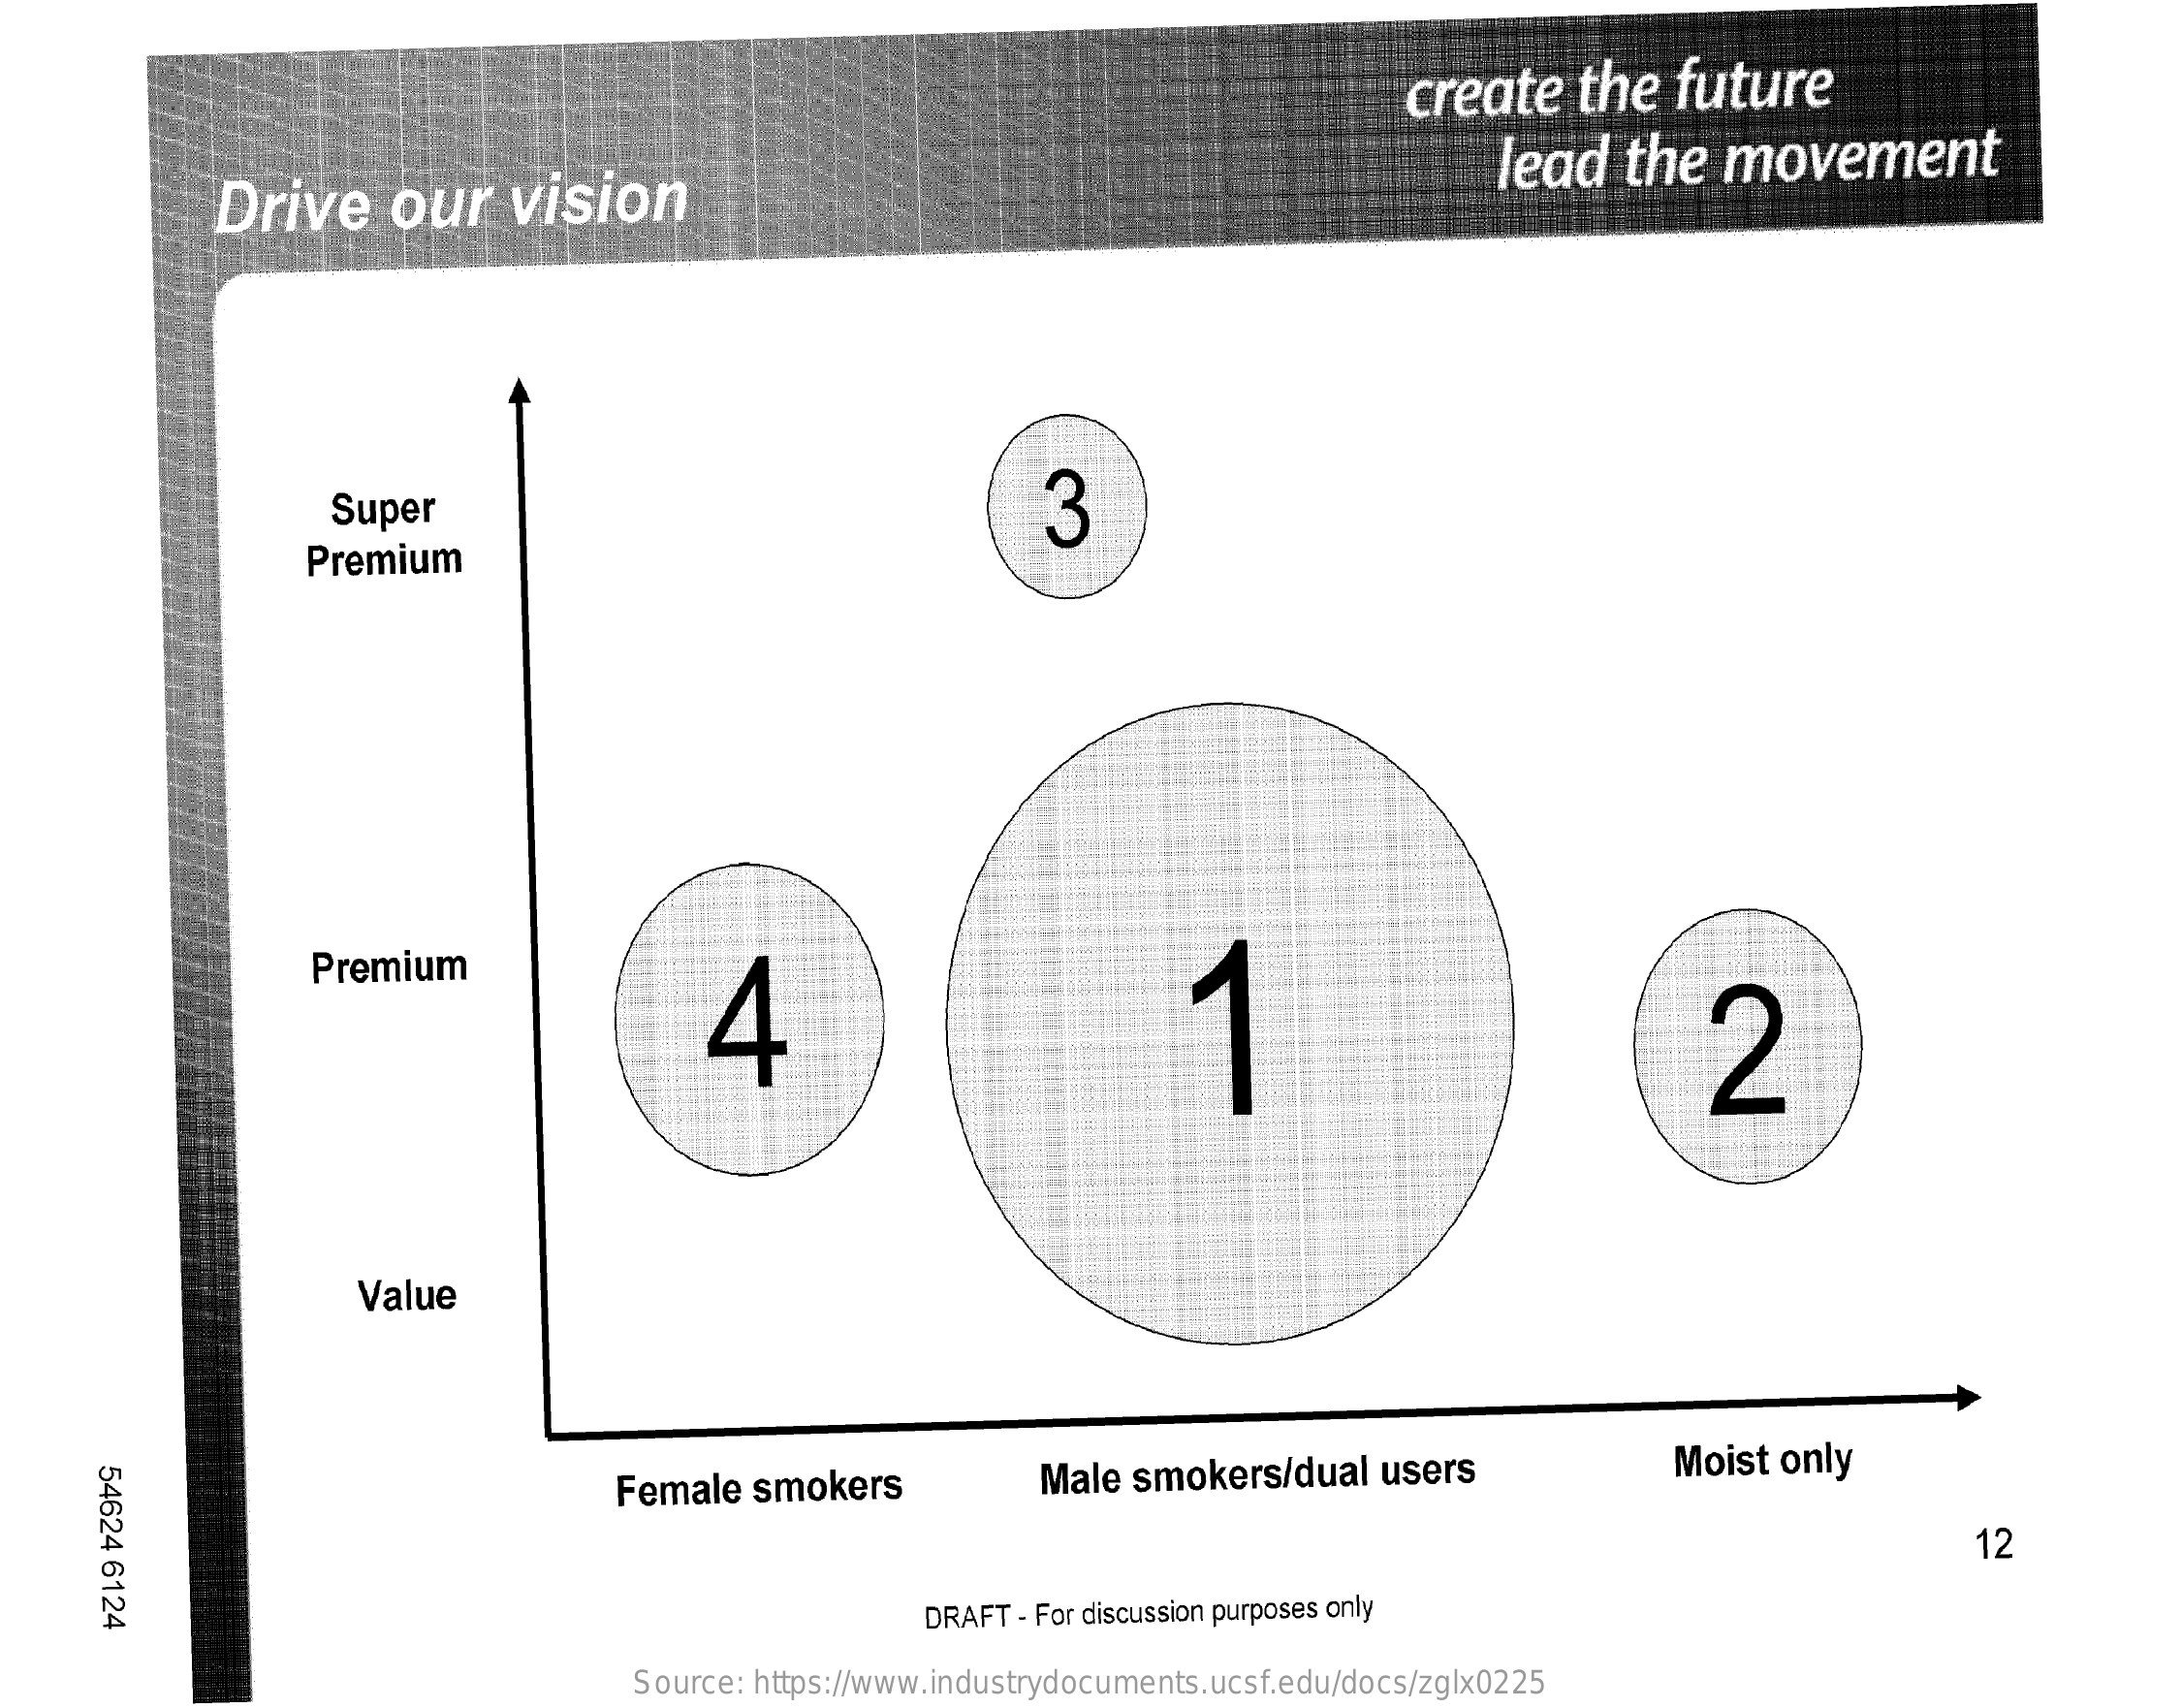
create    the   future
     Drive    our    vision
     lead    the   movement
     Super    3
     Premium
     Premium
     4    2
     Value
     54624
     6124
     Female   smokers    Male smokers/dual    users    Moist only
     12
     DRAFT - For discussion purposes only
     Source: https://www.industrydocuments.ucsf.edu/docs/zglx0225